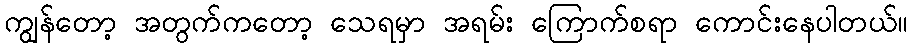
ကျွန်တော့ အတွက်ကတော့ သေရမှာ အရမ်း ကြောက်စရာ ကောင်းနေပါတယ်။